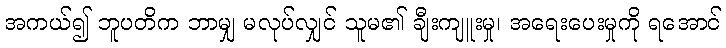
အကယ်၍ ဘူပတိက ဘာမျှ မလုပ်လျှင် သူမ၏ ချီးကျူးမှု၊ အရေးပေးမှုကို ရအောင်